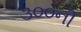
૩૦૦ની